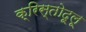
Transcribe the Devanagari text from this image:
क्रिस्तोदूलू